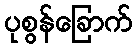
ပုစွန်ခြောက်